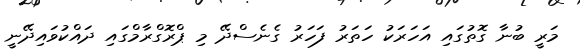
މަރީ ބުނާ ގޮތުގައި އަހަރަކު ހަތަރު ފަހަރު ގެެނެސްދޭ މި ޕްރޮގްރާމްގައި ދައްކުވައިދޭނީ